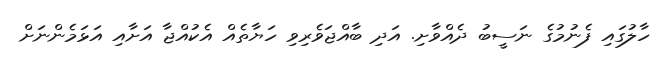
ހާލުގައި ފެނުމުގެ ނަސީބު ދެއްވާށި. އަދި ބާއްޖަވެރިވި ހަޔާތެއް އެކުއްޖާ އަށާއި އަޅަމެންނަށް